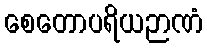
စေတောပရိယဉာဏံ